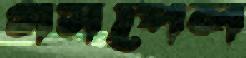
গসপেল